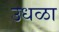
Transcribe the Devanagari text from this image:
उधळा